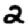
Digit: 2